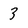
Character: 3